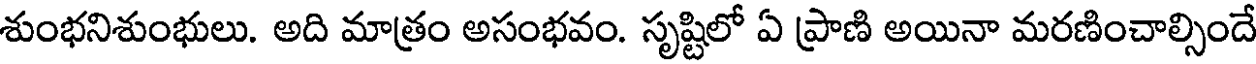
శుంభనిశుంభులు. అది మాత్రం అసంభవం. సృష్టిలో ఏ ప్రాణి అయినా మరణించాల్సిందే